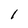
Character: l